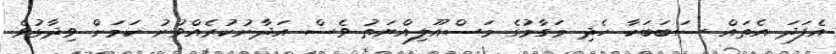
އެފަދަ އެތައް ސަބަބަކާ ހެދި މަގާމުގެ މަސްއޫލިއްޔަތު ވެސް އަދާނުކުރެއްވުނު ކަމަށް ވިދާޅުވެ